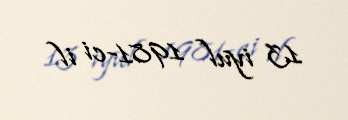
13 iyul 1981-ci il